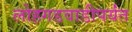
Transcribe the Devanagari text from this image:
लोहगडवाडीपर्यंत